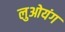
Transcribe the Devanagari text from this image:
लुओयंग